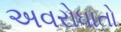
અવરોધાતો